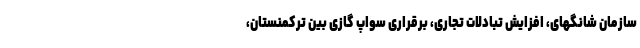
سازمان شانگهای، افزایش تبادلات تجاری، برقراری سواپ گازی بین ترکمنستان،